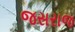
જસરાજ